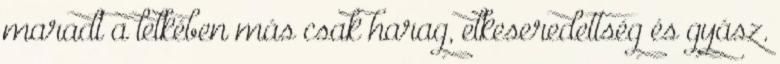
maradt a lelkében más csak harag, elkeseredettség és gyász.